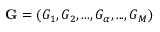
\mathbf { G } = ( G _ { 1 } , G _ { 2 } , . . . , G _ { \alpha } , . . . , G _ { M } )